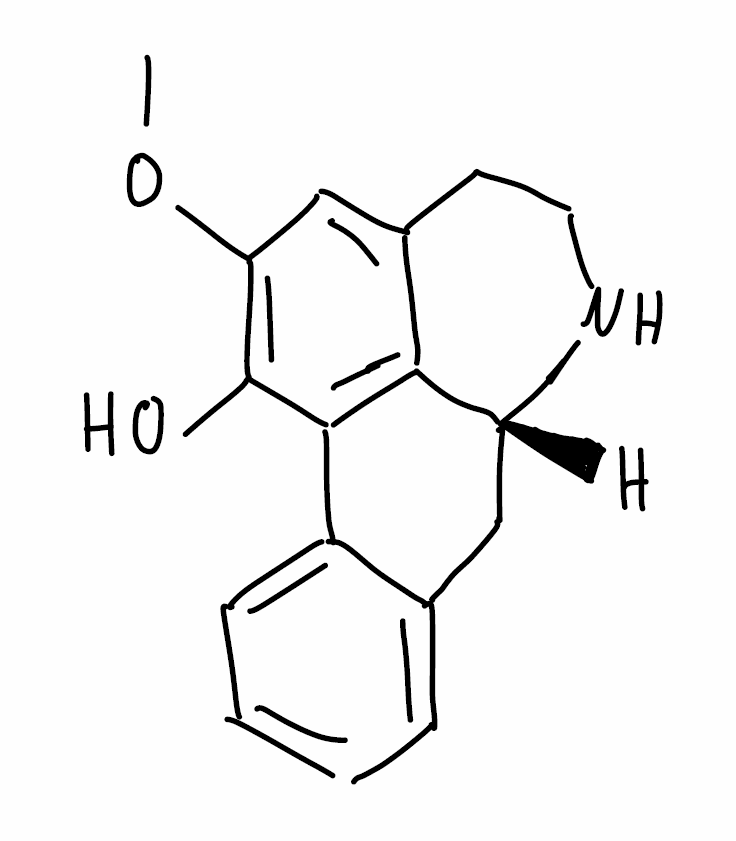
Simplified molecular-input line-entry system (SMILES) notation of the given molecule:
COC1=C(C2=C3[C@@H](CC4=CC=CC=C42)NCCC3=C1)O